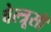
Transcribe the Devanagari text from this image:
वेल्त्रूसी